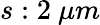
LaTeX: s:2\ \mu m